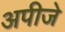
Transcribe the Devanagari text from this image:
अपीजे